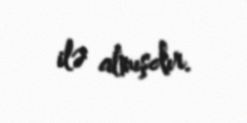
ilə almışdır.